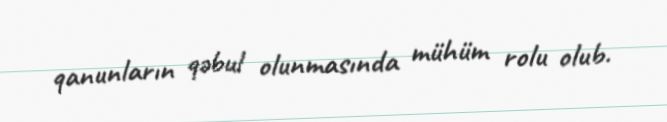
qanunların qəbul olunmasında mühüm rolu olub.